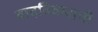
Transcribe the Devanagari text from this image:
वादविवादाची